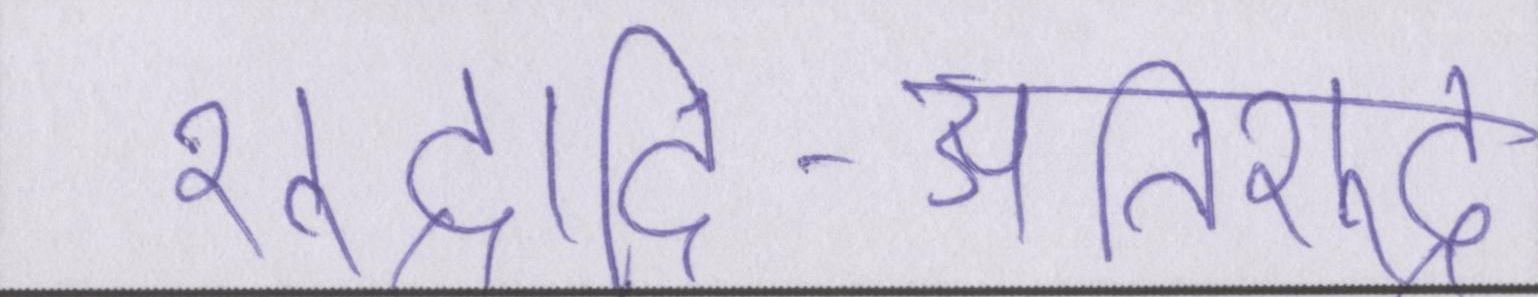
शूद्रादि-अतिशूद्र